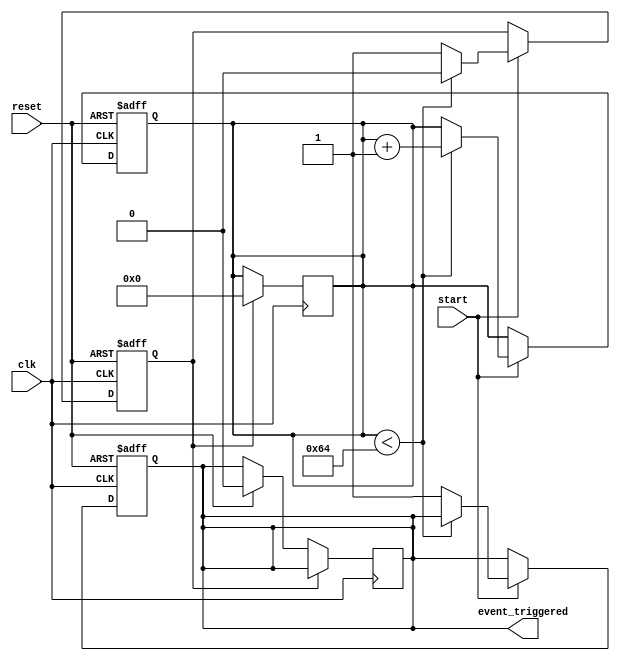
module TimerControlledEvent (
    input wire clk,              // Clock signal
    input wire reset,            // Asynchronous reset signal
    input wire start,            // Control signal to initiate the timer
    output reg event_triggered    // Signal indicating when the event has been triggered
);

    // Parameter for the timer threshold value
    parameter THRESHOLD = 100;   // Adjust this value as needed for your timing requirements

    // Internal signals
    reg [7:0] timer_count;        // 8-bit counter for timer count
    reg timer_expired;            // Flag indicating if the timer has expired

    // Asynchronous reset and timer operation
    always @(posedge clk or posedge reset) begin
        if (reset) begin
            timer_count <= 8'b0;   // Reset the timer count
            event_triggered <= 1'b0; // Deactivate event trigger
            timer_expired <= 1'b0;   // Deactivate timer expired flag
        end else if (start) begin
            if (timer_count < THRESHOLD) begin
                timer_count <= timer_count + 1; // Increment the timer count
                timer_expired <= 1'b0; // Timer not expired yet
            end else begin
                timer_expired <= 1'b1; // Timer has expired
                event_triggered <= 1'b1; // Trigger the event
            end
        end
    end

    // Resetting the event_triggered signal after the event has been triggered
    always @(posedge clk) begin
        if (timer_expired) begin
            // Optionally reset the timer count or keep it as is based on design requirements
            timer_count <= 8'b0; // Reset timer count for single-shot behavior
            // event_triggered will remain high until reset is asserted
        end else if (reset) begin
            event_triggered <= 1'b0; // Deactivate event trigger on reset
        end
    end

endmodule